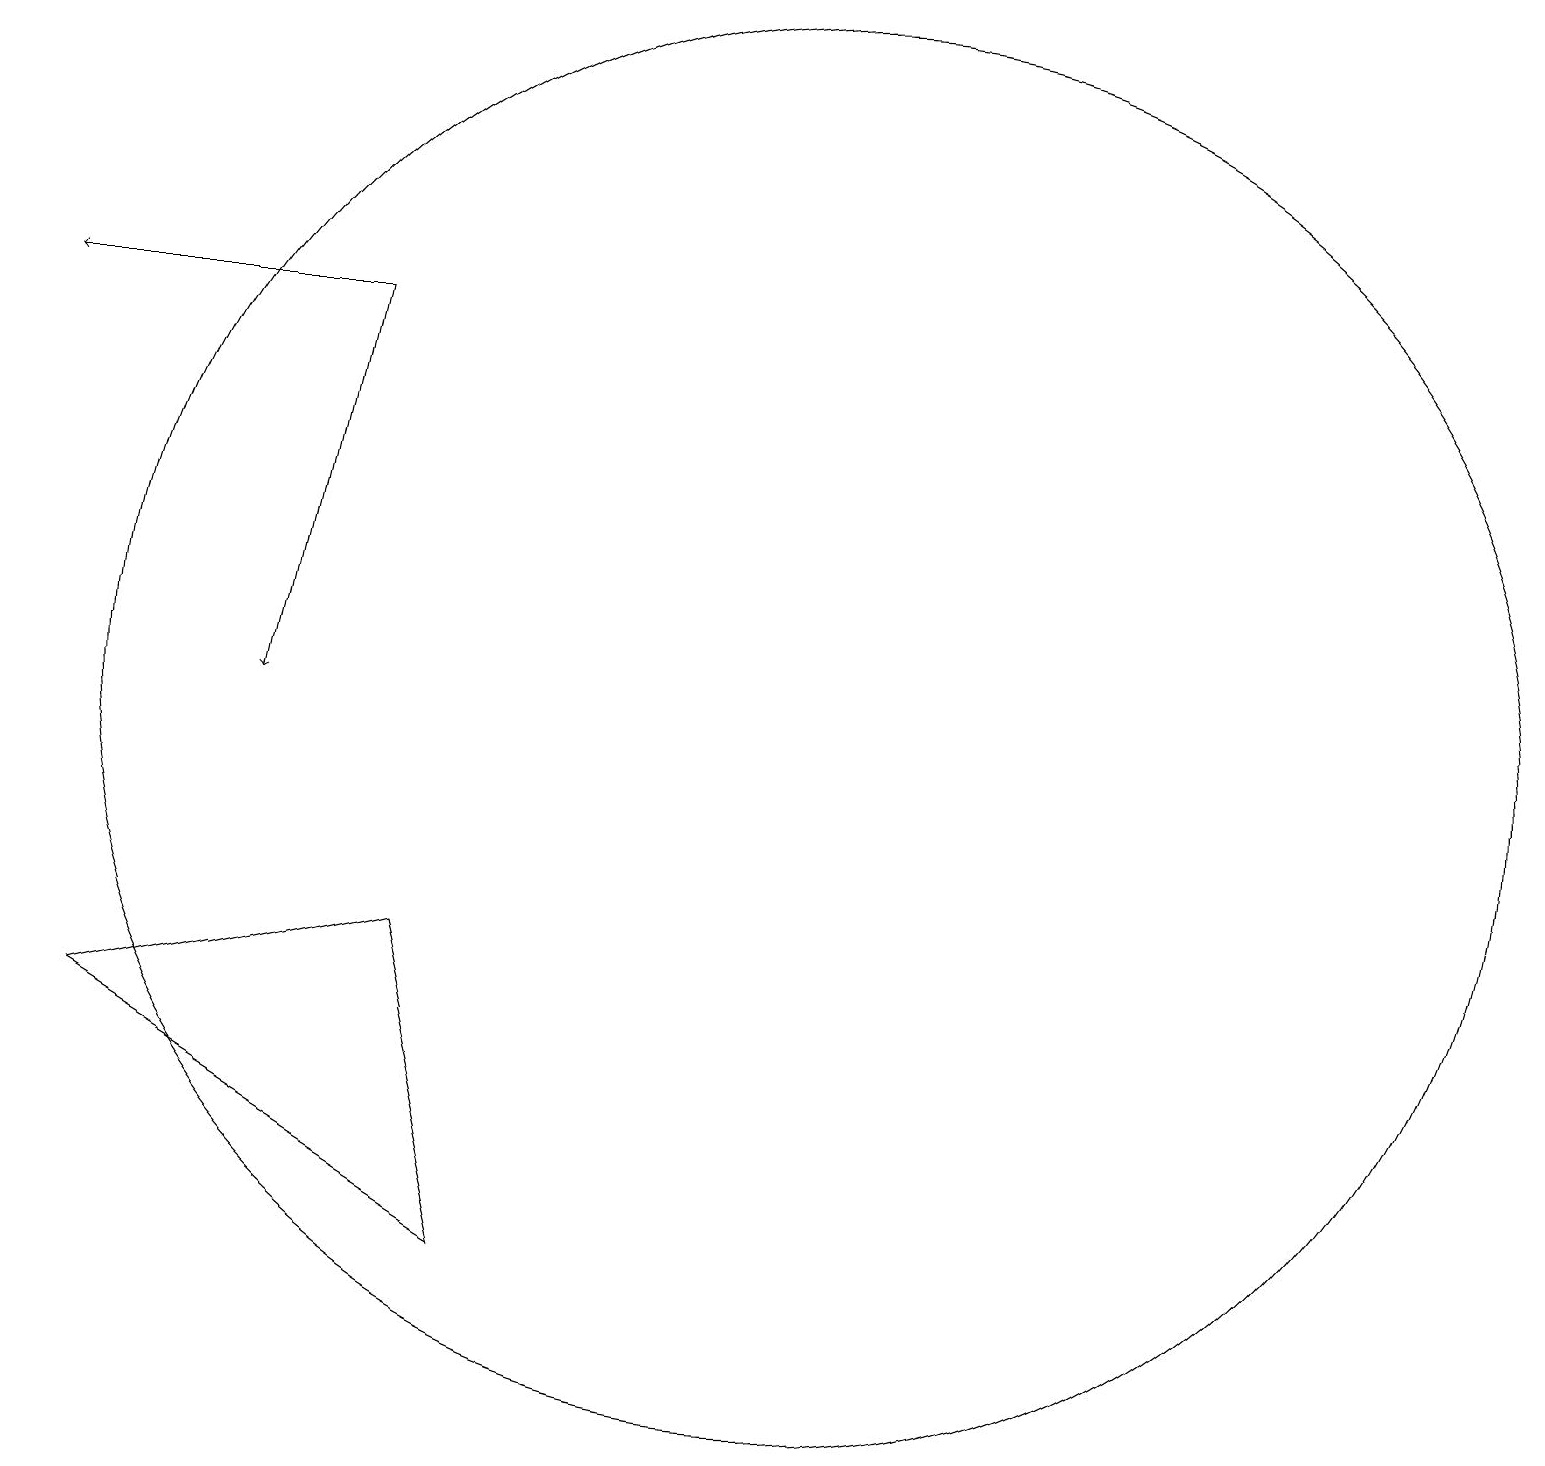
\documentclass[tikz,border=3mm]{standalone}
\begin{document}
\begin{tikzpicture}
\draw[->] (4,16) -- (3,11);
\draw (6,4) -- (5,8) -- (1,7) -- cycle;
\draw (10,11) circle (9);
\draw[->] (4,16) -- (0,16);
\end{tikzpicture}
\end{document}